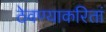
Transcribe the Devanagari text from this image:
ठेवण्याकरितां